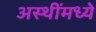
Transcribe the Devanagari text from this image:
अस्थींमध्ये